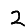
Digit: 2